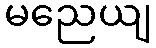
မညေယျ